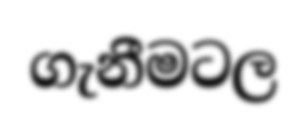
ගැනීමටල